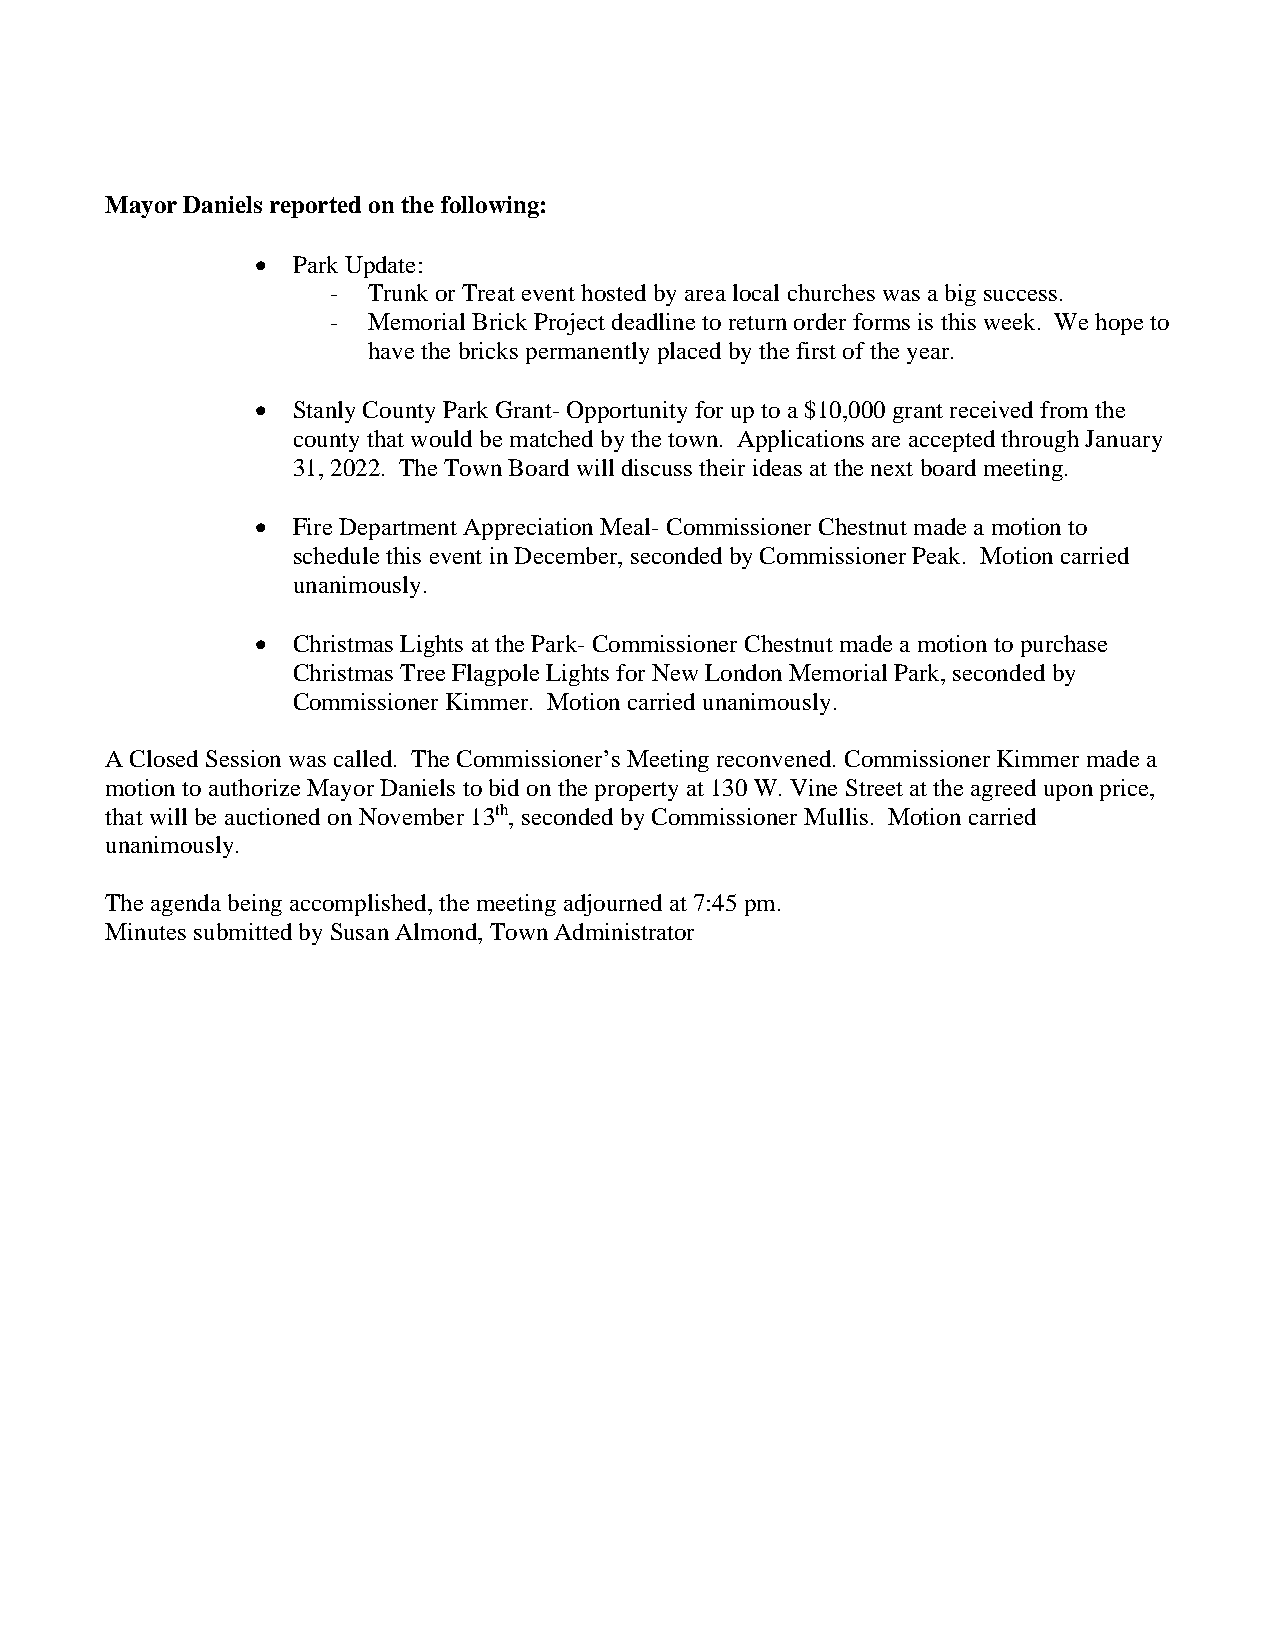
Mayor Daniels reported on the following:
 • Park Update:
 - Trunk or Treat event hosted by area local churches was a big success.
 - Memorial Brick Project deadline to return order forms is this week. We hope to
 have the bricks permanently placed by the first of the year.
 • Stanly County Park Grant- Opportunity for up to a $10,000 grant received from the
 county that would be matched by the town. Applications are accepted through January
 31, 2022. The Town Board will discuss their ideas at the next board meeting.
 • Fire Department Appreciation Meal- Commissioner Chestnut made a motion to
 schedule this event in December, seconded by Commissioner Peak. Motion carried
 unanimously.
 • Christmas Lights at the Park- Commissioner Chestnut made a motion to purchase
 Christmas Tree Flagpole Lights for New London Memorial Park, seconded by
 Commissioner Kimmer. Motion carried unanimously.
 A Closed Session was called. The Commissioner’s Meeting reconvened. Commissioner Kimmer made a
 motion to authorize Mayor Daniels to bid on the property at 130 W. Vine Street at the agreed upon price,
 that will be auctioned on November 13th, seconded by Commissioner Mullis. Motion carried
 unanimously.
 The agenda being accomplished, the meeting adjourned at 7:45 pm.
 Minutes submitted by Susan Almond, Town Administrator